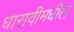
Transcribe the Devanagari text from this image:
धारावीमधील